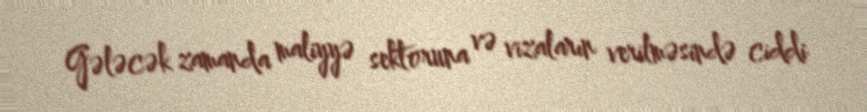
Gələcək zamanda maliyyə sektoruna və vizaların verilməsində ciddi